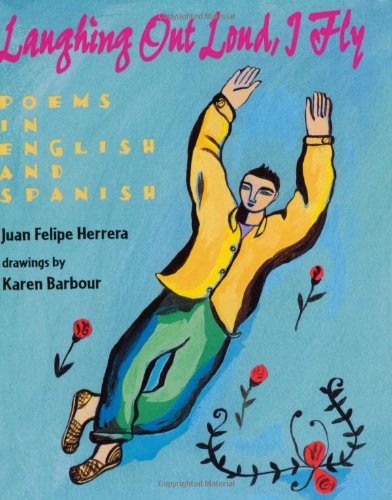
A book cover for Laughing Out Loud, I Fly : A Carcajadas Yo Vuelo; Juan Felipe Herrera; Teen & Young Adult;